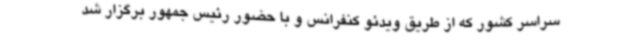
سراسر کشور که از طریق ویدئو کنفرانس و با حضور رئیس جمهور برگزار شد